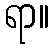
ရာ။